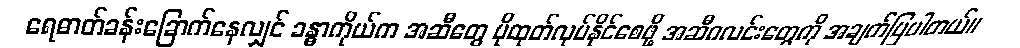
ရေဓာတ်ခန်းခြောက်နေလျှင် ခန္ဓာကိုယ်က အဆီတွေ ပိုထုတ်လုပ်နိုင်စေဖို့ အဆီဂလင်းတွေကို အချက်ပြပါတယ်။